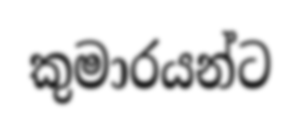
කුමාරයන්ට